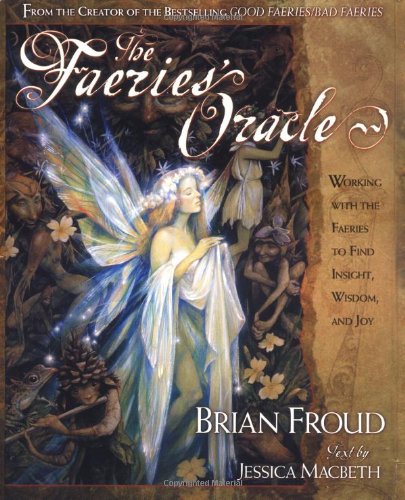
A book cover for The Faeries' Oracle; Brian Froud; Religion & Spirituality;